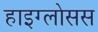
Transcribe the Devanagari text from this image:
हाइग्लोसस